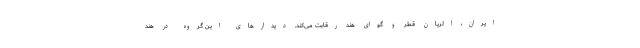
ایران، الریان قطر و گوای هند رقابت می‌کند. دیدارهای این گروه در هند